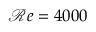
\mathcal { R } e = 4 0 0 0